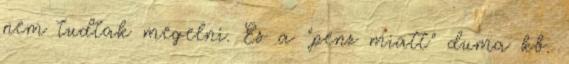
nem tudtak megelni. Es a "penz miatt" duma kb.